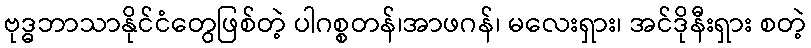
ဗုဒ္ဓဘာသာနိုင်ငံတွေဖြစ်တဲ့ ပါဂစ္စတန်၊အာဖဂန်၊ မလေးရှား၊ အင်ဒိုနီးရှား စတဲ့